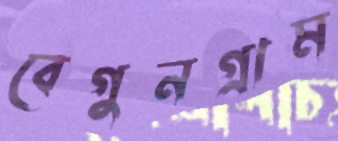
বেগুনগ্রাম